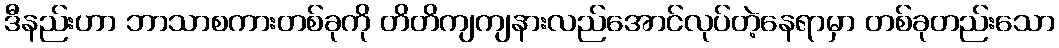
ဒီနည်းဟာ ဘာသာစကားတစ်ခုကို တိတိကျကျနားလည်အောင်လုပ်တဲ့နေရာမှာ တစ်ခုတည်းသော